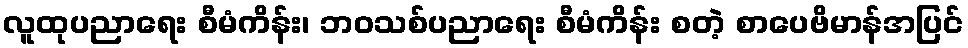
လူထုပညာရေး စီမံကိန်း၊ ဘဝသစ်ပညာရေး စီမံကိန်း စတဲ့ စာပေဗိမာန်အပြင်